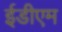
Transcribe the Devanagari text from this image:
ईडीएम